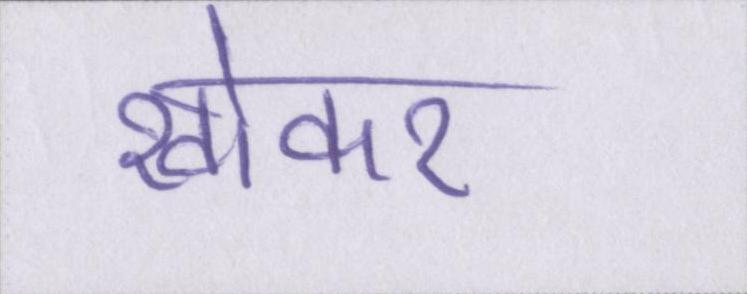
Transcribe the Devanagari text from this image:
खोकर